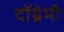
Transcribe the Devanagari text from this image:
दॉम्रेमी